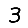
Digit: 3